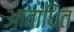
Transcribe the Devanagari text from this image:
आवांधित